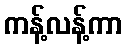
ကန့်လန့်ကာ